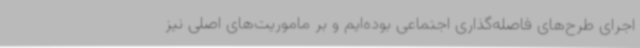
اجرای طرح‌های فاصله‌گذاری اجتماعی بوده‌ایم و بر ماموریت‌های اصلی نیز